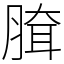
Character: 䐛